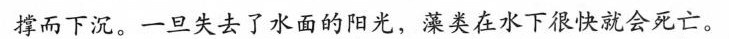
撑而下沉。一旦失去了水面的阳光，藻类在水下很快就会死亡。